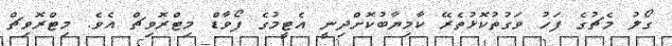
ގޯލު މެޗުގެ ފަހު ވަގުތުކޮޅުތެރޭ ކާމިޔާބުކޮށްދިނީ އެޓީމުގެ ފޯވާޑް މިޓްރޮވިޗް އެވެ. މިޓްރޮވިޗް